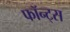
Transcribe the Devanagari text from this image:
फॉन्ट्स